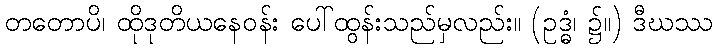
တတောပိ၊ ထိုဒုတိယနေဝန်း ပေါ်ထွန်းသည်မှလည်း။ (ဥဒ္ဓံ၊ ၌။) ဒီဃဿ